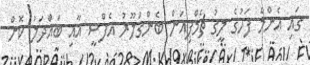
ގައި އެންމެ ފަހުގެ ލީގު ޗެމްޕިއަން ބެންގަލޫރު އެފްސީ އާއި ބައްދަލު ކޮށް